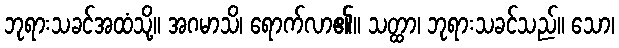
ဘုရားသခင်အထံသို့။ အဂမာသိ၊ ရောက်လာ၏။ သတ္ထာ၊ ဘုရားသခင်သည်။ သော၊